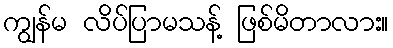
ကျွန်မ လိပ်ပြာမသန့် ဖြစ်မိတာလား။